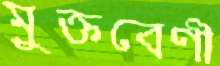
মুক্তবেণী